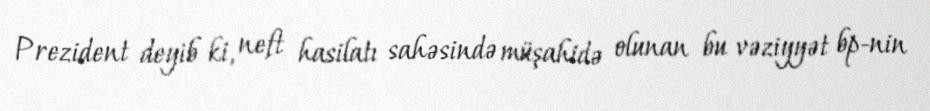
Prezident deyib ki, neft hasilatı sahəsində müşahidə olunan bu vəziyyət bp-nin